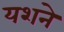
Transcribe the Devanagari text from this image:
यशने